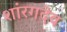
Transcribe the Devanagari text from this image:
शांरगदेव